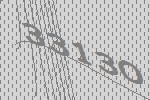
33130